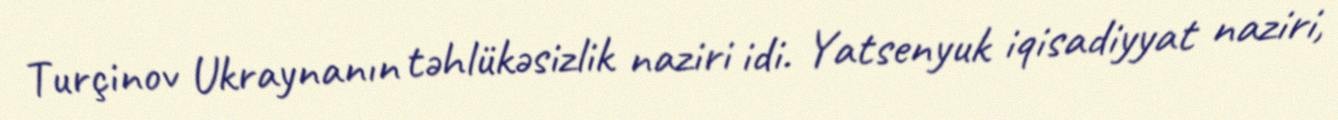
Turçinov Ukraynanın təhlükəsizlik naziri idi. Yatsenyuk iqisadiyyat naziri,